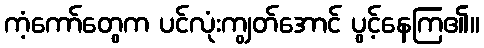
ကံ့ကော်တွေက ပင်လုံးကျွတ်အောင် ပွင့်နေကြ၏။